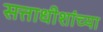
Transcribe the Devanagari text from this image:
सत्ताधीशांच्या